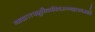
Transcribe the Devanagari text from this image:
गावात१पशुवैद्यकीयरुग्णालयआहे